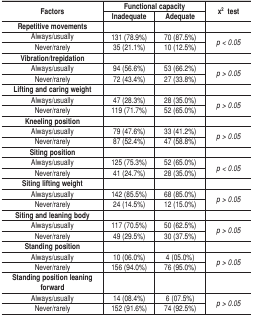
<table><thead><tr><td rowspan="2"><b>Factors</b></td><td colspan="2"><b>Functional capacity</b></td><td rowspan="2"><b>x<sup>2</sup>test</b></td></tr><tr><td><b>Inadequate</b></td><td><b>Adequate</b></td></tr></thead><tbody><tr><td><b>Repetitive movements</b></td><td></td><td></td><td></td></tr><tr><td>Always/usually</td><td>131 (78.9%)</td><td>70 (87.5%)</td><td rowspan="2"><i>p &lt; 0.05</i></td></tr><tr><td>Never/rarely</td><td>35 (21.1%)</td><td>10 (12.5%)</td></tr><tr><td><b>Vibration/trepidation</b></td><td></td><td></td><td></td></tr><tr><td>Always/usually</td><td>94 (56.6%)</td><td>53 (66.2%)</td><td rowspan="2"><i>p &gt; 0.05</i></td></tr><tr><td>Never/rarely</td><td>72 (43.4%)</td><td>27 (33.8%)</td></tr><tr><td><b>Lifting and caring weight</b></td><td></td><td></td><td></td></tr><tr><td>Always/usually</td><td>47 (28.3%)</td><td>28 (35.0%)</td><td rowspan="2"><i>p &gt; 0.05</i></td></tr><tr><td>Never/rarely</td><td>119 (71.7%)</td><td>52 (65.0%)</td></tr><tr><td><b>Kneeling position</b></td><td></td><td></td><td></td></tr><tr><td>Always/usually</td><td>79 (47.6%)</td><td>33 (41.2%)</td><td rowspan="2"><i>p &gt; 0.05</i></td></tr><tr><td>Never/rarely</td><td>87 (52.4%)</td><td>47 (58.8%)</td></tr><tr><td><b>Siting position</b></td><td></td><td></td><td></td></tr><tr><td>Always/usually</td><td>125 (75.3%)</td><td>52 (65.0%)</td><td rowspan="2"><i>p &lt; 0.05</i></td></tr><tr><td>Never/rarely</td><td>41 (24.7%)</td><td>28 (35.0%)</td></tr><tr><td><b>Siting lifting weight</b></td><td></td><td></td><td></td></tr><tr><td>Always/usually</td><td>142 (85.5%)</td><td>68 (85.0%)</td><td rowspan="2"><i>p &gt; 0.05</i></td></tr><tr><td>Never/rarely</td><td>24 (14.5%)</td><td>12 (15.0%)</td></tr><tr><td><b>Siting and leaning body</b></td><td></td><td></td><td></td></tr><tr><td>Always/usually</td><td>117 (70.5%)</td><td>50 (62.5%)</td><td rowspan="2"><i>p &gt; 0.05</i></td></tr><tr><td>Never/rarely</td><td>49 (29.5%)</td><td>30 (37.5%)</td></tr><tr><td><b>Standing position</b></td><td></td><td></td><td></td></tr><tr><td>Always/usually</td><td>10 (06.0%)</td><td>4 (05.0%)</td><td rowspan="2"><i>p &gt; 0.05</i></td></tr><tr><td>Never/rarely</td><td>156 (94.0%)</td><td>76 (95.0%)</td></tr><tr><td><b>Standing position leaning forward</b></td><td></td><td></td><td></td></tr><tr><td>Always/usually</td><td>14 (08.4%)</td><td>6 (07.5%)</td><td rowspan="2"><i>p &gt; 0.05</i></td></tr><tr><td>Never/rarely</td><td>152 (91.6%)</td><td>74 (92.5%)</td></tr></tbody></table>